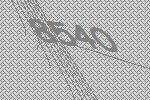
8540